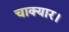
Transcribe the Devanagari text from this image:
चाक्यार।